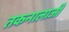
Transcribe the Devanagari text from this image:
तकनालाजी